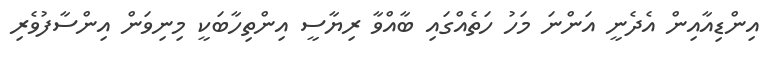
އިންޑިއާއިން އެދެނީ އަންނަ މަހު ހަތެއްގައި ބާއްވާ ރިޔާސީ އިންތިހާބަކީ މިނިވަން އިންސާފުވެރި